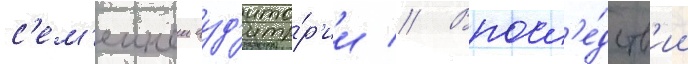
с'ем'еинои ауд'ито́р'ии // Впосл'е́дств'ии